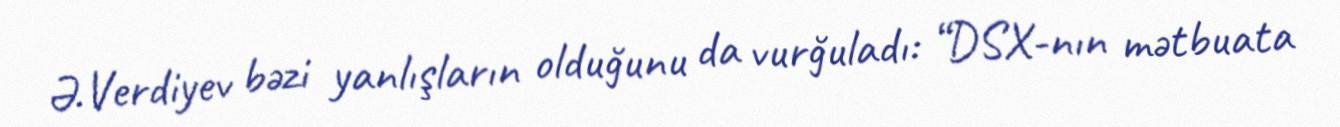
Ə.Verdiyev bəzi yanlışların olduğunu da vurğuladı: “DSX-nın mətbuata